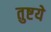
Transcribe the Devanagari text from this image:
तुष्टये